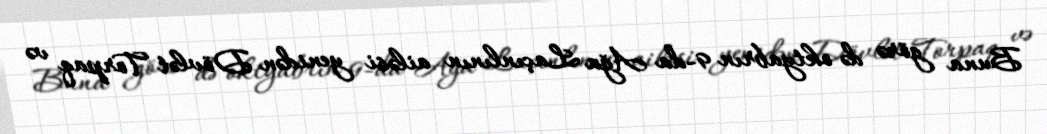
Buna görə də oktyabrın 9-da Ağa Laçınlının ailəsi yenidən Dövlət Torpaq və